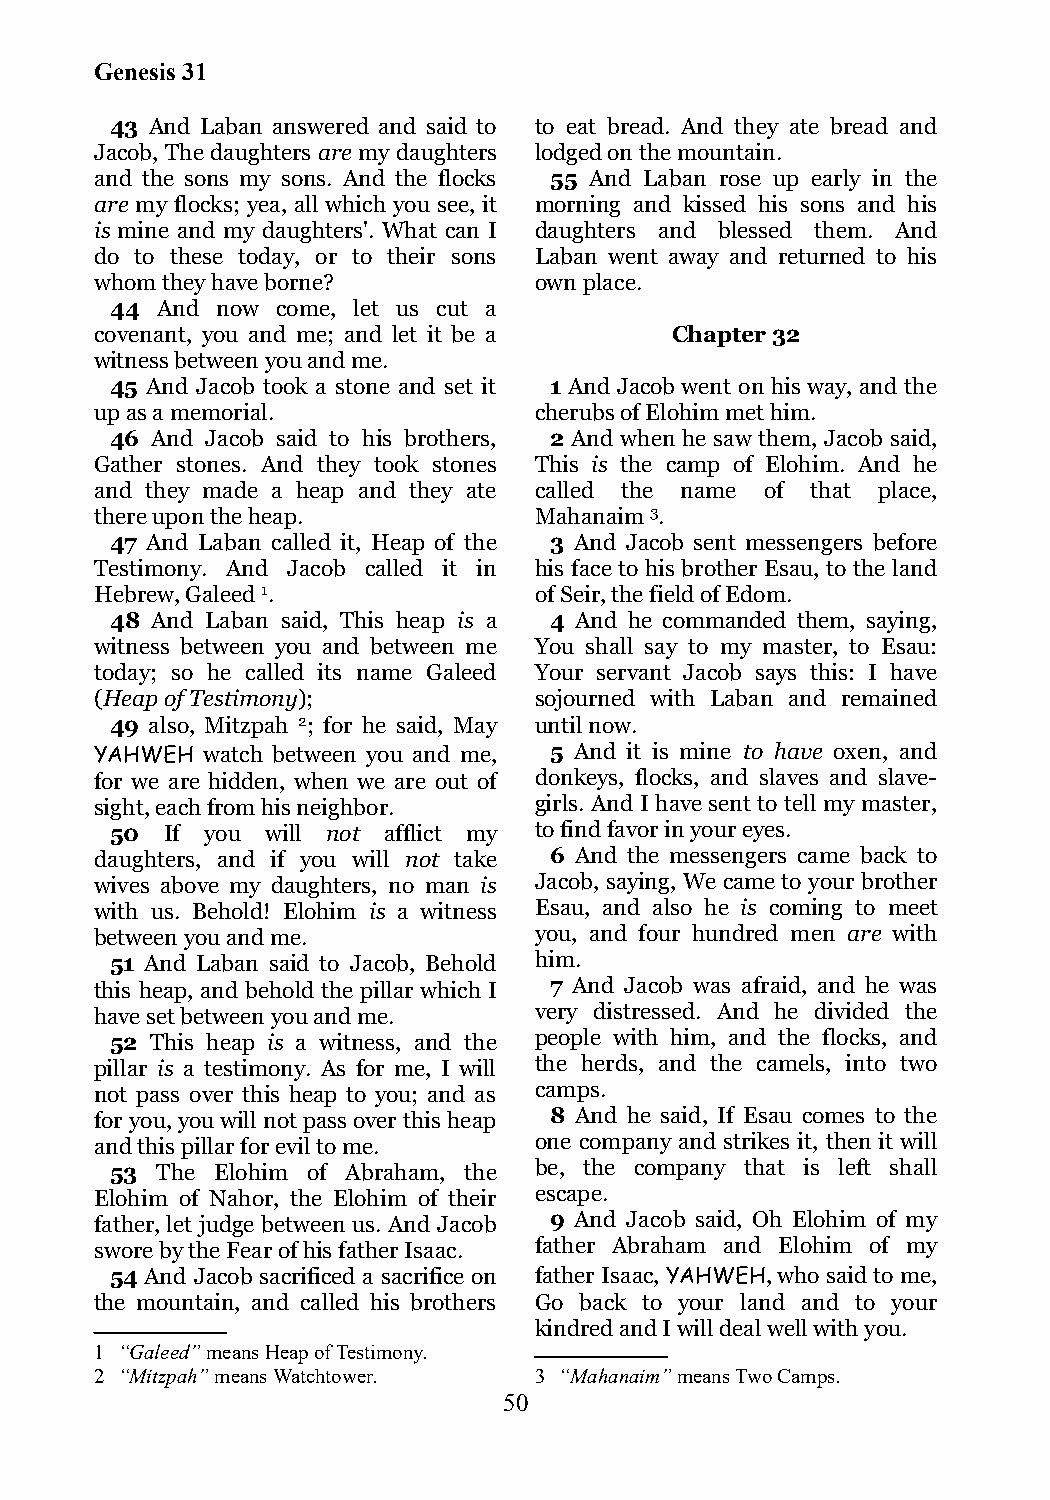
Genesis 31
 43 And Laban answered and said to to eat bread. And they ate bread and
 Jacob, The daughters are my daughters lodged on the mountain.
 and the sons my sons. And the flocks 55 And Laban rose up early in the
 are my flocks; yea, all which you see, it morning and kissed his sons and his
 is mine and my daughters'. What can I daughters and blessed them. And
 do to these today, or to their sons Laban went away and returned to his
 whom they have borne?        own place.
 44 And now come, let us cut a
 covenant, you and me; and let it be a Chapter 32
 witness between you and me.
 45 And Jacob took a stone and set it 1 And Jacob went on his way, and the
 up as a memorial.            cherubs of Elohim met him.
 46 And Jacob said to his brothers, 2 And when he saw them, Jacob said,
 Gather stones. And they took stones This is the camp of Elohim. And he
 and they made a heap and they ate called the name of that place,
 there upon the heap.         Mahanaim 3.
 47 And Laban called it, Heap of the 3 And Jacob sent messengers before
 Testimony. And Jacob called it in his face to his brother Esau, to the land
 Hebrew, Galeed 1.            of Seir, the field of Edom.
 48 And Laban said, This heap is a 4 And he commanded them, saying,
 witness between you and between me You shall say to my master, to Esau:
 today; so he called its name Galeed Your servant Jacob says this: I have
 (Heap of Testimony);         sojourned with Laban and remained
 49 also, Mitzpah 2; for he said, May until now.
 YAHWEH watch between you and me, 5 And it is mine to have oxen, and
 for we are hidden, when we are out of donkeys, flocks, and slaves and slave-
 sight, each from his neighbor. girls. And I have sent to tell my master,
 50  If you will not afflict my to find favor in your eyes.
 daughters, and if you will not take 6 And the messengers came back to
 wives above my daughters, no man is Jacob, saying, We came to your brother
 with us. Behold! Elohim is a witness Esau, and also he is coming to meet
 between you and me.          you, and four hundred men are with
 51 And Laban said to Jacob, Behold him.
 this heap, and behold the pillar which I 7 And Jacob was afraid, and he was
 have set between you and me. very distressed. And he divided the
 52 This heap is a witness, and the people with him, and the flocks, and
 pillar is a testimony. As for me, I will the herds, and the camels, into two
 not pass over this heap to you; and as camps.
 for you, you will not pass over this heap 8 And he said, If Esau comes to the
 and this pillar for evil to me. one company and strikes it, then it will
 53 The Elohim of Abraham, the be, the company that is left shall
 Elohim of Nahor, the Elohim of their escape.
 father, let judge between us. And Jacob 9 And Jacob said, Oh Elohim of my
 swore by the Fear of his father Isaac. father Abraham and Elohim of my
 54 And Jacob sacrificed a sacrifice on father Isaac, YAHWEH, who said to me,
 the mountain, and called his brothers Go back to your land and to your
 kindred and I will deal well with you.
 1 “Galeed” means Heap of Testimony.
 2 “Mitzpah” means Watchtower. 3 “Mahanaim” means Two Camps.
 50